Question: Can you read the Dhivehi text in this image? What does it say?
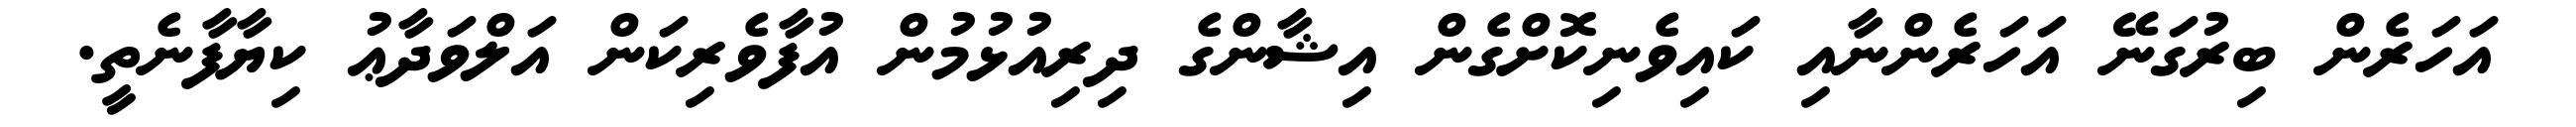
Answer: އަހަރެން ބިރުގަނޭ އަހަރެންނާއި ކައިވެނިކޮށްގެން އިޝާންގެ ދިރިއުޅުމުން އުފާވެރިކަން އަލްވަދާޢު ކިޔާފާނެތީ.